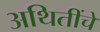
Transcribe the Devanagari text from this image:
अथितींचे